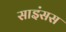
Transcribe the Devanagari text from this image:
साइंसस